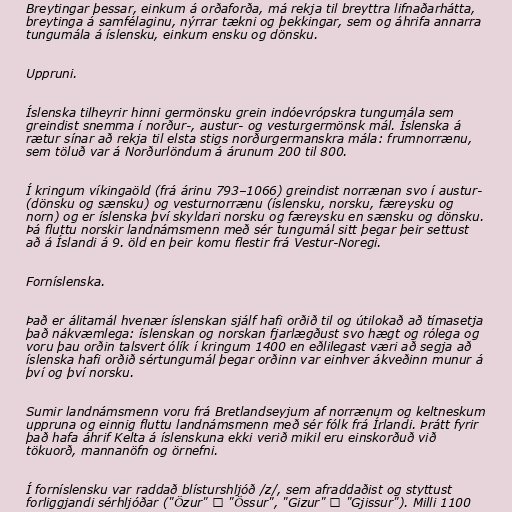
Breytingar þessar, einkum á orðaforða, má rekja til breyttra lifnaðarhátta,
breytinga á samfélaginu, nýrrar tækni og þekkingar, sem og áhrifa annarra
tungumála á íslensku, einkum ensku og dönsku.

Uppruni.

Íslenska tilheyrir hinni germönsku grein indóevrópskra tungumála sem
greindist snemma í norður-, austur- og vesturgermönsk mál. Íslenska á
rætur sínar að rekja til elsta stigs norðurgermanskra mála: frumnorrænu,
sem töluð var á Norðurlöndum á árunum 200 til 800.

Í kringum víkingaöld (frá árinu 793–1066) greindist norrænan svo í austur-
(dönsku og sænsku) og vesturnorrænu (íslensku, norsku, færeysku og
norn) og er íslenska því skyldari norsku og færeysku en sænsku og dönsku.
Þá fluttu norskir landnámsmenn með sér tungumál sitt þegar þeir settust
að á Íslandi á 9. öld en þeir komu flestir frá Vestur-Noregi.

Forníslenska.

Það er álitamál hvenær íslenskan sjálf hafi orðið til og útilokað að tímasetja
það nákvæmlega: íslenskan og norskan fjarlægðust svo hægt og rólega og
voru þau orðin talsvert ólík í kringum 1400 en eðlilegast væri að segja að
íslenska hafi orðið sértungumál þegar orðinn var einhver ákveðinn munur á
því og því norsku.

Sumir landnámsmenn voru frá Bretlandseyjum af norrænum og keltneskum
uppruna og einnig fluttu landnámsmenn með sér fólk frá Írlandi. Þrátt fyrir
það hafa áhrif Kelta á íslenskuna ekki verið mikil eru einskorðuð við
tökuorð, mannanöfn og örnefni.

Í forníslensku var raddað blísturshljóð /z/, sem afraddaðist og styttust
forliggjandi sérhljóðar ("Özur" → "Össur", "Gizur" → "Gjissur"). Milli 1100